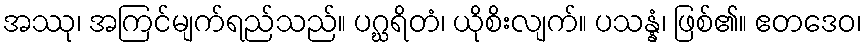
အဿု၊ အကြင်မျက်ရည်သည်။ ပဂ္ဃရိတံ၊ ယိုစိးလျက်။ ပသန္နံ၊ ဖြစ်၏။ ဧတဒေဝ၊